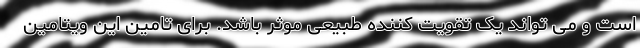
است و می تواند یک تقویت کننده طبیعی موثر باشد. برای تامین این ویتامین